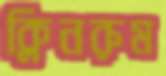
ক্লিনরুম